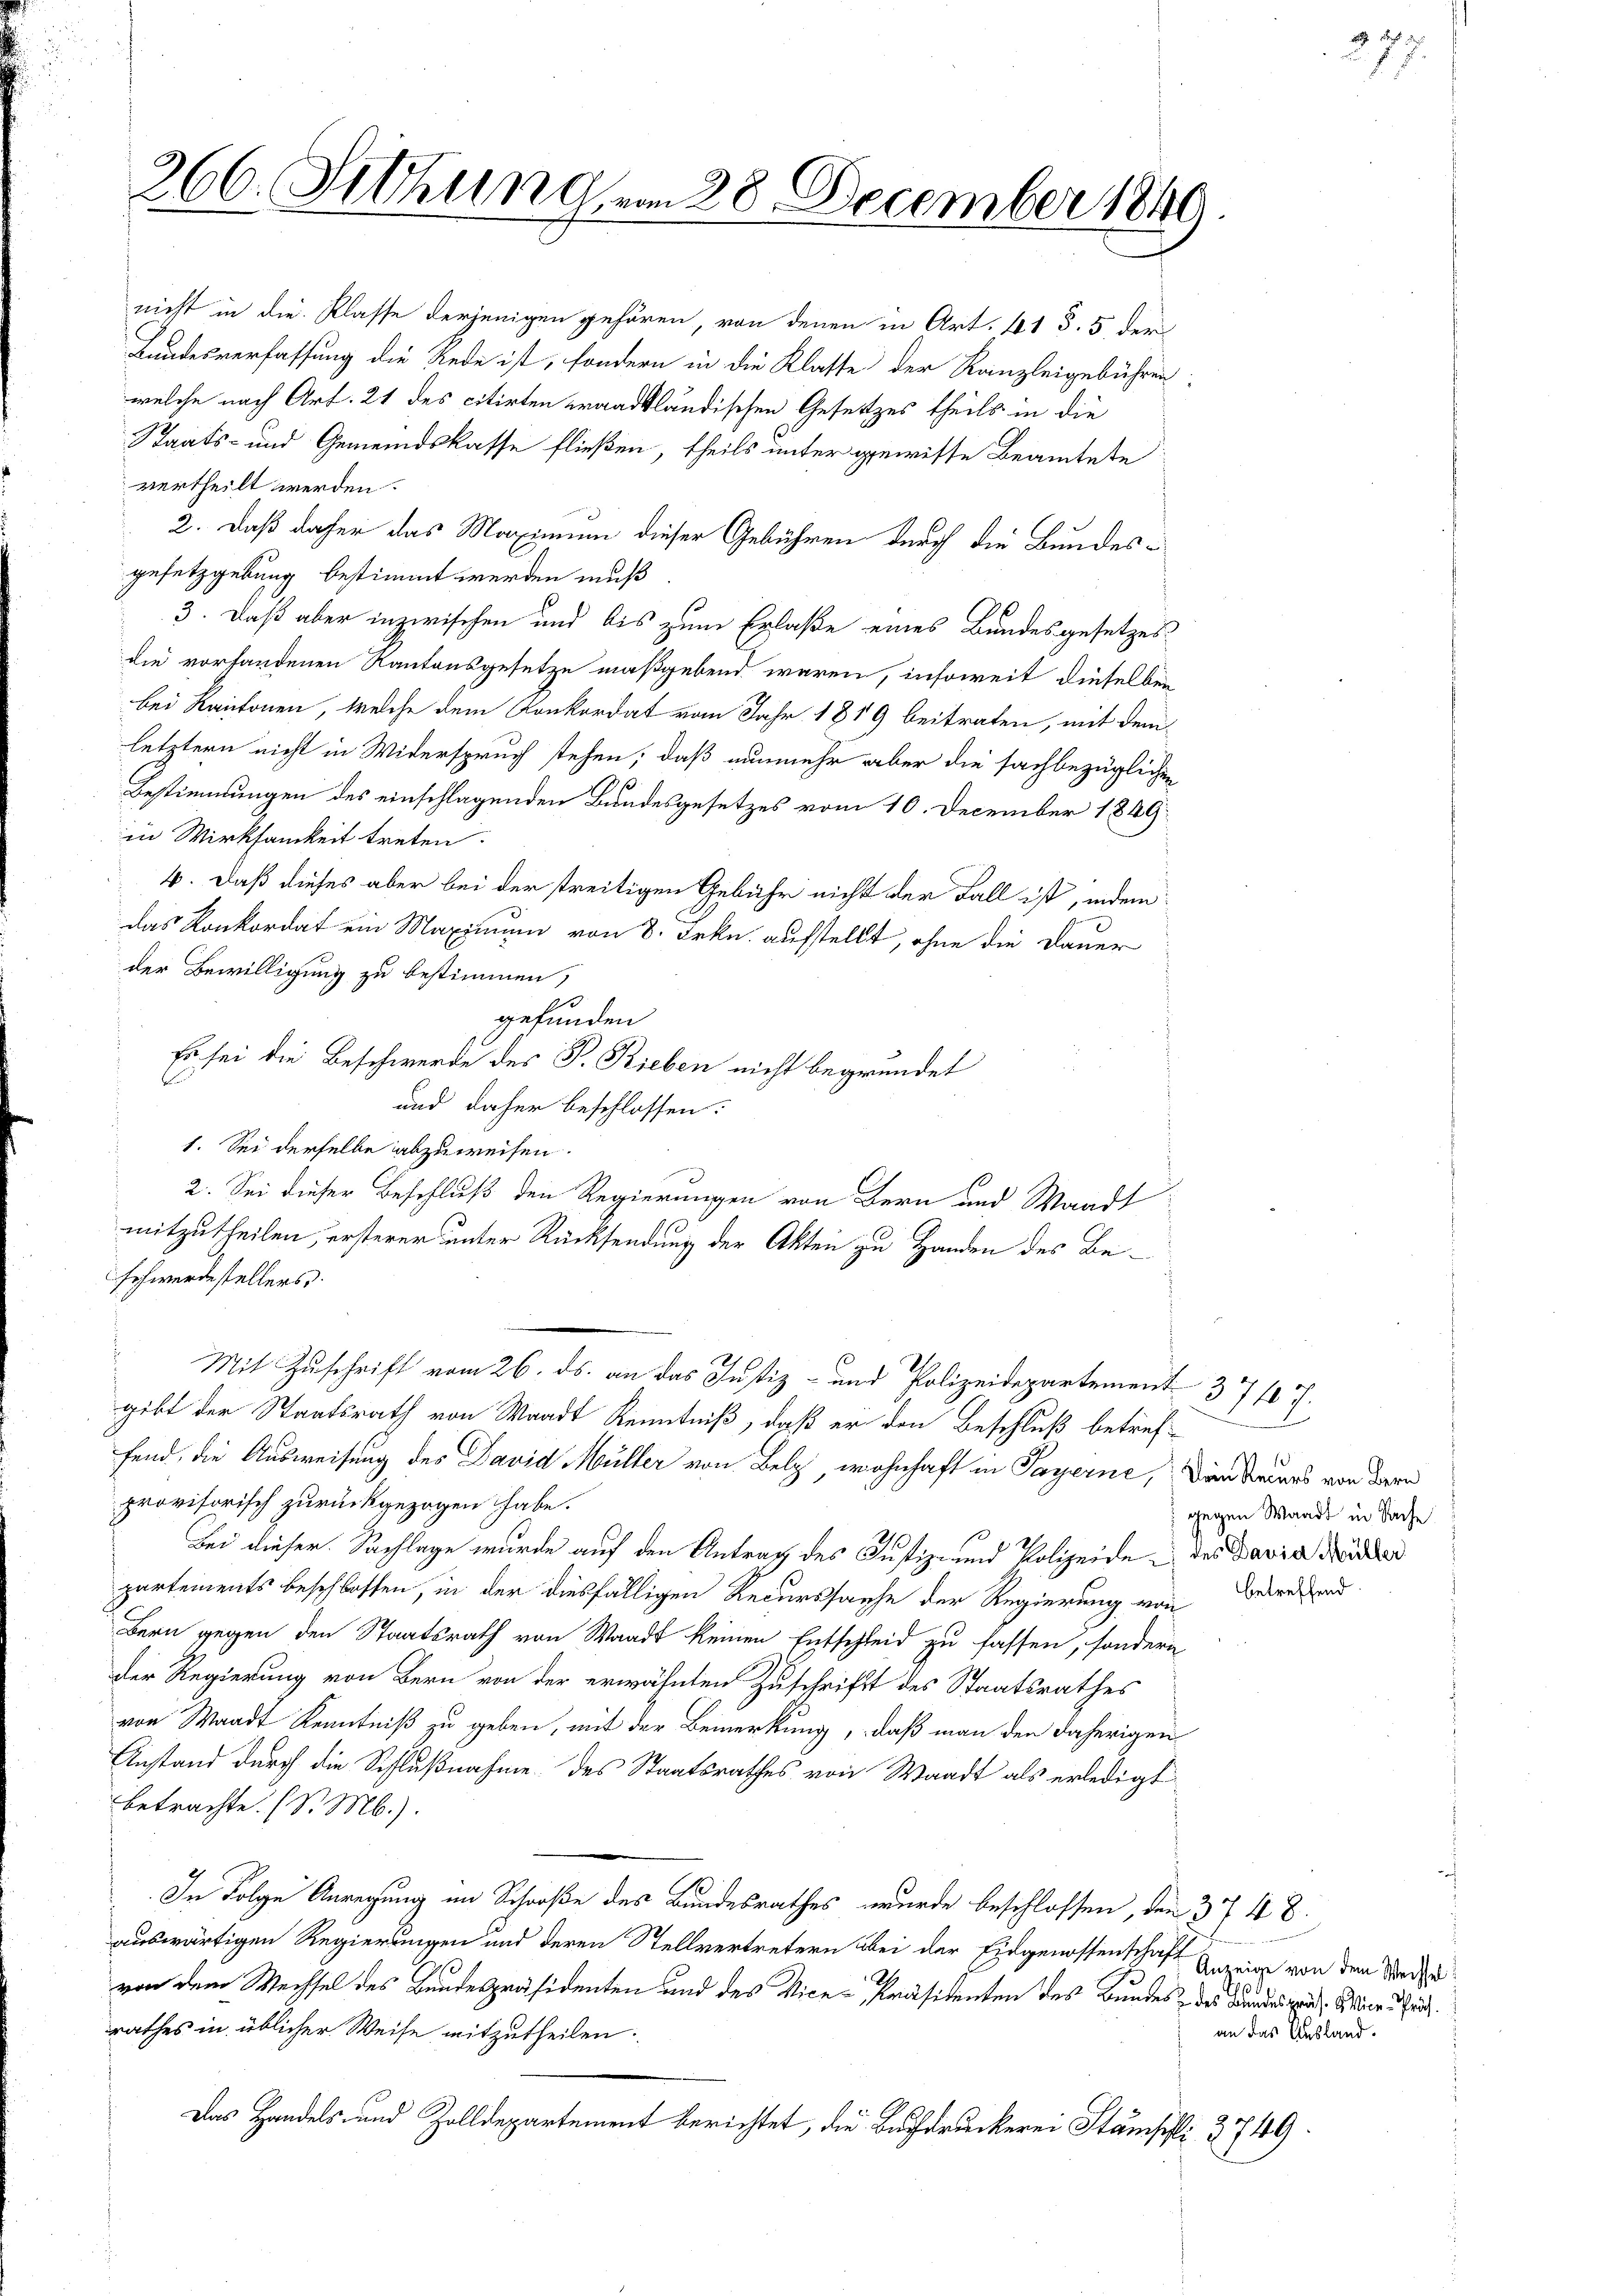
266. Sitzung vom 28. December 1840

nicht in die Klasse derjenigen gehören, von denen in Art. 41 §. 5. der
Landesverfassung die Rede ist, sondern in die Klasse der Kanzleigebühren
welche nach Art. 21 des citirten eraadtländischen Gesetzes theils in die
Staats- und Gemeindskasse fließen, theils unter gewisse Beamtete
vertheilt werden.
2. Daß daher das Maximum dieser Gebühren durch die Bundesgesetzgebung bestimmt werden muß
3. Daß aber inzwischen und bis zum Erlaße eines Bundesgesetzes
die vorhandenen Kantonsgesetze maßgebend waren, insoweit dieselbei
bei Kantonen, welche dem Konkordat vom Jahr 1819 beitraten, mit dem
letztern nicht in Widerspruch stehen, daß nunmehr aber die sachbezüglichen
Bestimmungen des einschlagenden Bundesgesetzes vom 10. December 1849
in Wirksamkeit treten.
4. Daß dieses aber bei der streitigen Gebühr nicht der Fall ist, indem
das Konkordat ein Maximum von 8. Frkn. aufstellt, ohne die Dauer
der Bewilligung zu bestimmen;
.
gefunden
Es sei die Beschwerde des P. Rieben nicht begründet
und daher beschlossen:
1. Sei derselbe abzuweisen.
schwerdestellers.
Mit Zuschrift vom 26. ds. an das Justiz- und Polizeidepartement 371 f.
gibt der Staatsrath von Waadt Kenntniß, daß er den Beschluß betreffend, die Ausweisung des David Müller von Belg wohnhaft in Payerne, anderers von der
provisorisch zurückgezogen habe.
Bei dieser Sachlage wurde auf den Antrag des Justiz- und Polizeide des David Feder
partements beschlossen, in der diesfälligen Recurssache der Regierung von
Bern gegen den Staatsrath von Waadt keinen Entschleid zu fassen, sondern
der Regierung von Bern von der erwähnten Zuschrift des Staatsrathes
von Waadt Kenntniß zu geben, mit der Bemerkung, daß man den daherigen
Anstand durch die Schlußnahme des Staatsrathes von Waadt als erledigt
betrachte. (S. M.).
In Folge Anregung im Schoße des Bundesrathes wurde beschlossen, den 374 8.
auswärtigen Regierungen und deren Stellvertretern bei der Eidgenossenschaft zweig von den Morde
s
von dem Wechsel des Bundespräsidenten und des Vice-Präsidenten des Bundes, des Bundes zu Wien Zeit
rathes in üblicher Weise mitzutheilen.
Das Handels- und Zolldepartement berichtet, die Buchdruckerei Stämpfli 3749.

2. Sei dieser Beschluß den Regierungen von Bern und Waadt
mitzutheilen, ersterer unter Rücksendung der Akten zu Handen des Be¬

e
1 gegen Waadt in Sache

betreffend

an das Ausland.

d
27.